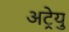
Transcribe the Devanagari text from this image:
अट्रेयु